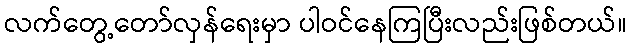
လက်တွေ့တော်လှန်ရေးမှာ ပါဝင်နေကြပြီးလည်းဖြစ်တယ်။